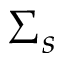
\Sigma _ { s }